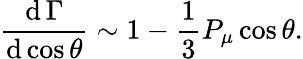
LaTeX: {\frac{\operatorname{d}\Gamma}{\operatorname{d}\cos\theta}}\sim 1-{\frac{1}{3}}P_{\mu}\cos\theta.